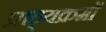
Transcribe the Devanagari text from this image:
प्राठ्यक्रमों